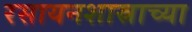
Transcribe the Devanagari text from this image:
रसायनशास्राच्या